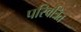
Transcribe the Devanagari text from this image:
परिवत्रित